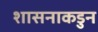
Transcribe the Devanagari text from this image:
शासनाकडुन